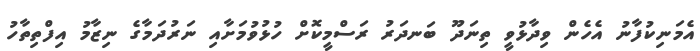
އެމަނިކުފާނު އެހެން ވިދާޅުވީ ތިނަދޫ ބަނދަރު ރަސްމީކޮށް ހުޅުވުމަށާއި ނަރުދަމާގެ ނިޒާމު އިފްތިތާހު